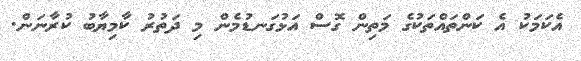
އެކަމަކު އެ ކަންތައްތަކުގެ މަތިން ގޮސް އަޅުގަނޑުމެން މި ދަތުރު ކާމިޔާބު ކުރާނަން.